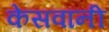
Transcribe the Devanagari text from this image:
केसवानी